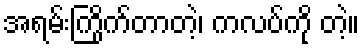
အရမ်းကြိုက်တာတဲ့၊ ကလပ်ကို တဲ့။